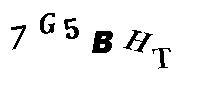
7G5BHT